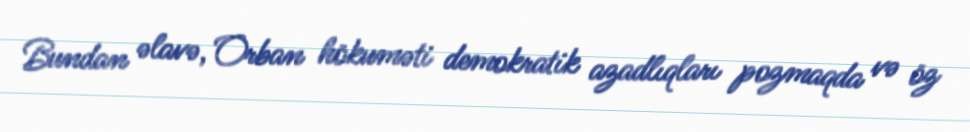
Bundan əlavə, Orban hökuməti demokratik azadlıqları pozmaqda və öz